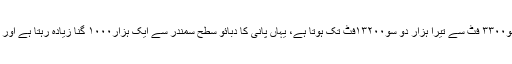
تیسرا،تاریک خطہ(Dark Zone): یہ خطہ، سطح سمندر سے تین ہزار تین سو۳۳۰۰ فٹ سے تیرا ہزار دو سو۱۳۲۰۰فٹ تک ہوتا ہے، یہاں پانی کا دبائو سطح سمندر سے ایک ہزار۱۰۰۰ گنا زیادہ رہتا ہے اور پھر یہاں بہت کم غذائی اجزاء پائے جاتے ہیںاور کم ہی جاندار یہاں بستے ہیں۔